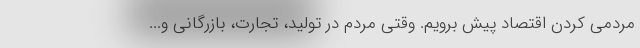
مردمی کردن اقتصاد پیش برویم. وقتی مردم در تولید، تجارت، بازرگانی و...